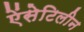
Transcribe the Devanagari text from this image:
ऐंसेटिलीन